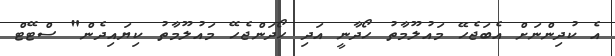
އެ ކުދިންނަށް އެބަޖެހޭ މައުލޫމާތު ހޯދާނީ އަދި ހޯދަންޖެހޭ މައުލޫމާތު ކިޔައިދެން" ސްޓޭޓް